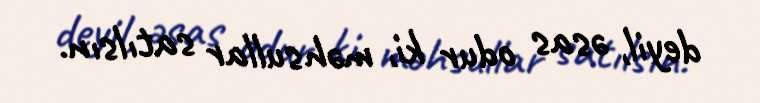
deyil, əsas odur ki, məhsullar satılsın.